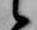
候